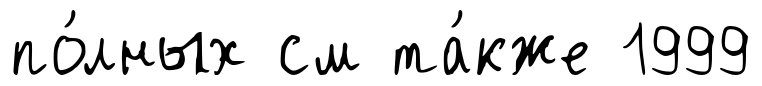
по́лных см та́кже 1999